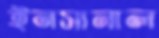
ইনসানাল